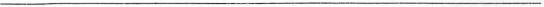
___